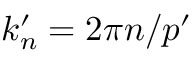
k _ { n } ^ { \prime } = 2 \pi n / p ^ { \prime }